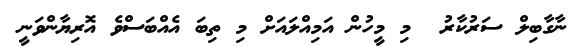
ނާގާބިލް ސަރުކާރު  މި މީހުން އަމިއްލައަށް މި ތިބަ އެއްބަސްވެ އޮރިޔާންވަނީ